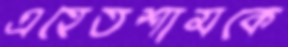
এহেতশামকে